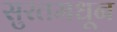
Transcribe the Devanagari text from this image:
सुरतमधून